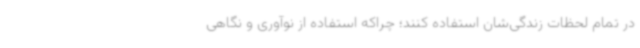
در تمام لحظات زندگی‌شان استفاده کنند؛ چراکه استفاده از نوآوری و نگاهی